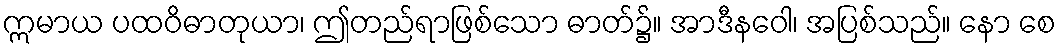
ဣမာယ ပထဝိဓာတုယာ၊ ဤတည်ရာဖြစ်သော ဓာတ်၌။ အာဒီနဝေါ၊ အပြစ်သည်။ နော စေ